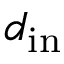
d _ { \mathrm { i n } }